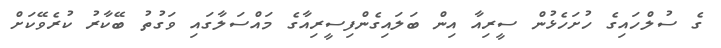
ގެ ސުލްހައިގެ ހުށަހެޅުން ސީރިއާ އިން ބަލައިގެންފިސީރިއާގެ މައްސަލާގައި ވަގުތު ބޭކާރު ކުރެވޭކަށް